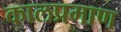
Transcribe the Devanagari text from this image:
कालप्रमाण